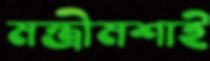
মন্ত্রীমশাই